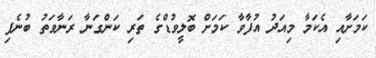
ކަމަށާއި އެކަމާ މިއަދު އުފާވާ ކަމަށް ބޮލީވުޑްގެ ތަރި ކަންގަނާ ރަނާވަތު ބުނެފި